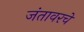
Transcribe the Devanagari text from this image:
जंतावरचे